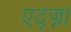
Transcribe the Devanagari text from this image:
एद्ज्ना